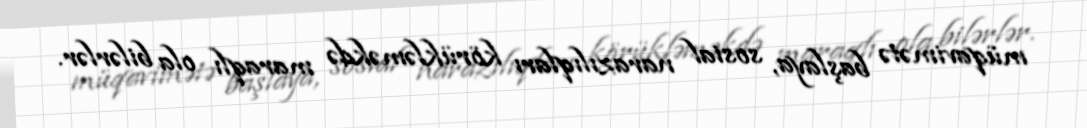
müqavimətə başlaya, sosial narazılıqları körükləməkdə maraqlı ola bilərlər.